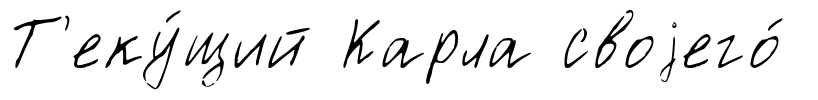
Т'еку́щий Карла своjего́